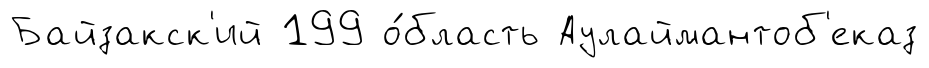
Байзакск'ий 199 о́бласть Аулаймантоб'еказ